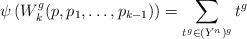
LaTeX: \begin{align*}\psi\left(W^g_{k}(p,p_1,\dots,p_{k-1})\right)=\sum_{t^g\in (Y^n)^g} t^g\end{align*}